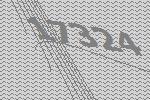
17324